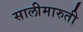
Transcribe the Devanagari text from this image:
सालीमारुती